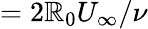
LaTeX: =2\mathbb{R}_{0}U_{\infty}/\nu